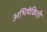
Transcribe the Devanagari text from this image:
अभिषेकिती